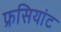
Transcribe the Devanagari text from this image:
फ्रसियांट